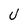
Character: U